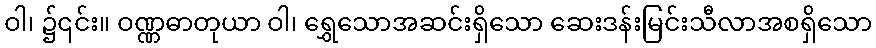
ဝါ၊ ၌၎င်း။ ဝဏ္ဏဓာတုယာ ဝါ၊ ရွှေသောအဆင်းရှိသော ဆေးဒန်းမြင်းသီလာအစရှိသော